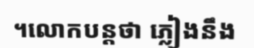
។លោកបន្តថា ភ្លៀងនឹង